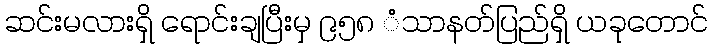
ဆင်းမလားရှိ ရောင်းချပြီးမှ ၉၅၈ ံသာနတ်ပြည်ရှိ ယခုတောင်